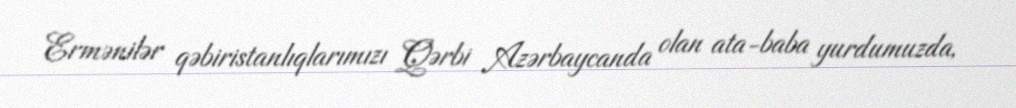
Ermənilər qəbiristanlıqlarımızı Qərbi Azərbaycanda olan ata-baba yurdumuzda,